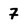
Character: 7